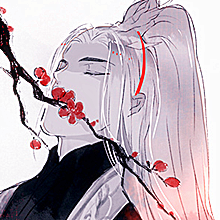
人而无仪，不死何为？